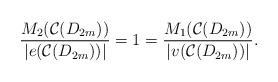
LaTeX: \begin{align*}\dfrac{M_{2}(\mathcal{C}(D_{2m}))}{|e(\mathcal{C}(D_{2m}))|} = 1 = \dfrac{M_{1}(\mathcal{C}(D_{2m}))}{|v( \mathcal{C}(D_{2m}))|}.\end{align*}